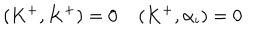
( K ^ { + } , K ^ { + } ) = 0 \: \: \: \: \: ( K ^ { + } , \alpha _ { i } ) = 0